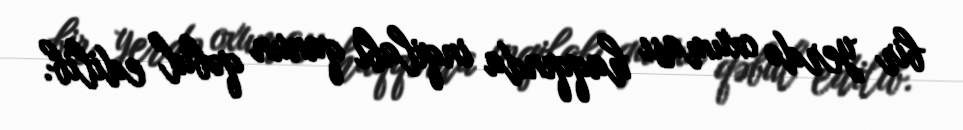
bir yerdə oxuması haqqında inqilabi qanun qəbul edilib.